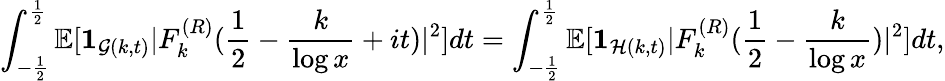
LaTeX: \int_{-\frac{1}{2}}^{\frac{1}{2}}\mathbb E[\mathbf{1}_{\mathcal{G}(k,t)}|F_{k}^{(R)}(\frac{1}{2}-\frac{k}{\log x}+it)|^{2}]dt=\int_{-\frac{1}{2}}^{\frac{1}{2}}\mathbb E[\mathbf{1}_{\mathcal{H}(k,t)}|F_{k}^{(R)}(\frac{1}{2}-\frac{k}{\log x})|^{2}]dt,